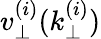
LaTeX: v_{\perp}^{(i)}(k_{\perp}^{(i)})